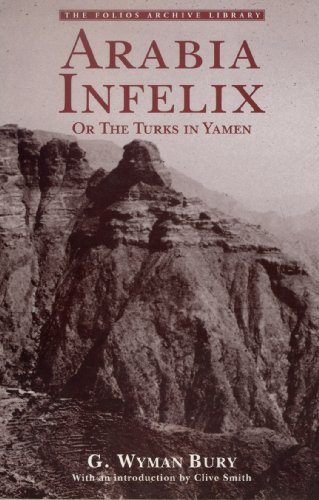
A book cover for Arabia Infelix: The Turks in Yemen (Folios Archive Library); G. Wyman Bury; History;